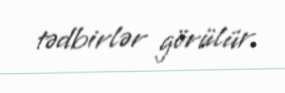
tədbirlər görülür.